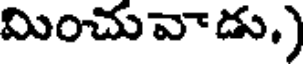
మించువాడు.)